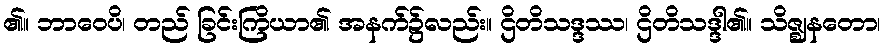
၏။ ဘာဝေပိ၊ တည် ခြင်းကြိယာ၏ အနက်၌လည်း။ ဌိတိသဒ္ဒဿ၊ ဌိတိသဒ္ဒါ၏။ သိဇ္ဈနတော၊